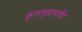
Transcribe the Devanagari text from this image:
कुलचूडामणि